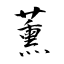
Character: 薰